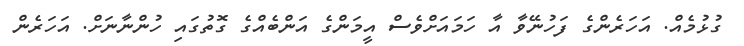
ގުޅުމެއް. އަހަރެންގެ ފަހުނޭވާ އާ ހަމައަށްވެސް އީމަންގެ އަންބެއްގެ ގޮތުގައި ހުންނާނަށް. އަހަރެން